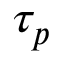
\tau _ { p }